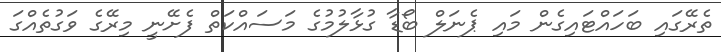
ތެރޭގައި ބަހައްޓައިގެން މައި ޕެނަލް ބޯޑާ ގުޅާލުމުގެ މަސައްކަތް ފެށޭނީ މިރޭގެ ވަގުތެއްގަ